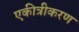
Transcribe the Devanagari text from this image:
एकीत्रीकरण